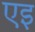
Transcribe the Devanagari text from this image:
एइ